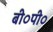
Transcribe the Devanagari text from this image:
बी०पी०